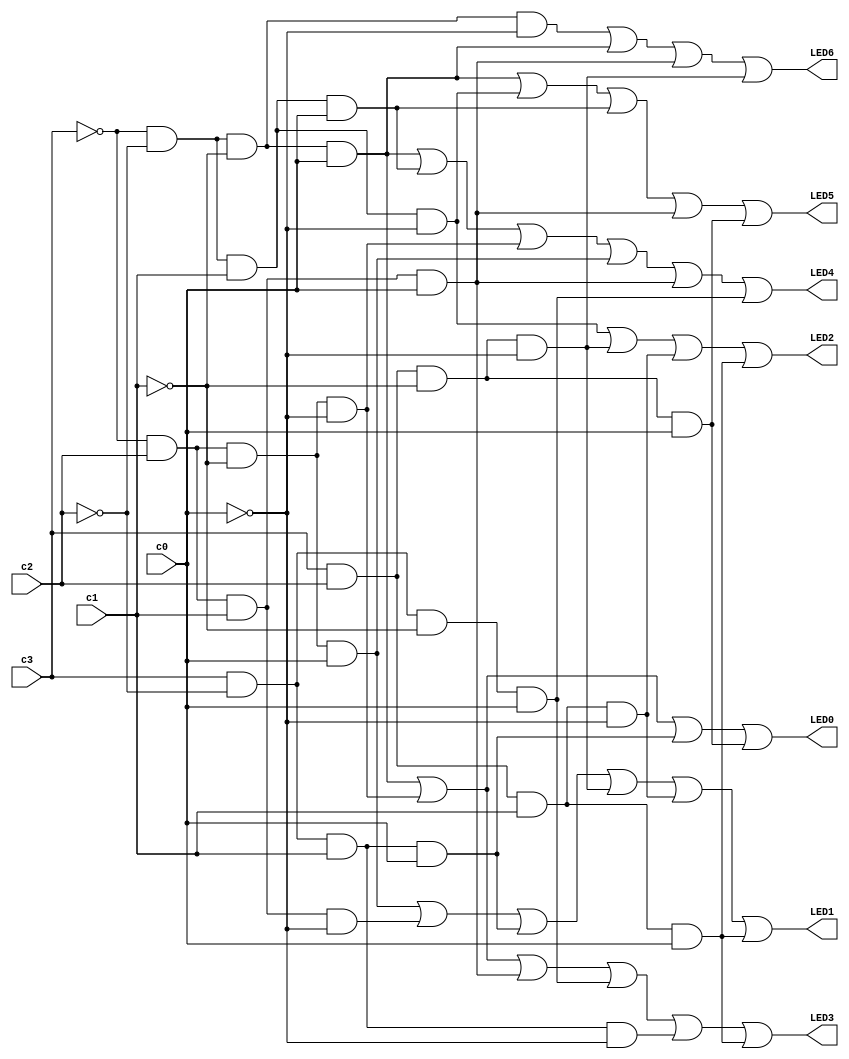
module seg7(input c0, c1, c2, c3, output LED0, LED1, LED2, LED3, LED4, LED5, LED6);

//Essentially a giant if statement for each LED segment and when they're supposed to turn off
assign LED0 = (~c3 & ~c2 & ~c1 & c0) | (~c3 & c2 & ~c1 & ~c0) | (c3 & ~c2 & c1 & c0) | (c3 & c2 & ~c1 & c0);

assign LED1 = (~c3 & c2 & ~c1 & c0) | (~c3 & c2 & c1 & ~c0) | (c3 & ~c2 & c1 & c0) | (c3 & c2 & ~c1 & ~c0) | (c3 & c2 & c1 & ~c0) | (c3 & c2 & c1 & c0);

assign LED2 = (~c3 & ~c2 & c1 & ~c0) | (c3 & c2 & ~c1 & ~c0) | (c3 & c2 & c1 & ~c0) | (c3 & c2 & c1 & c0);

assign LED3 = (~c3 & ~c2 & ~c1 & c0) | (~c3 & c2 & ~c1 & ~c0) | (~c3 & c2 & c1 & c0) | (c3 & ~c2 & ~c1 & c0) | (c3 & ~c2 & c1 & ~c0) | (c3 & c2 & c1 & c0) ;

assign LED4 = (~c3 & ~c2 & ~c1 & c0) | (~c3 & ~c2 & c1 & c0) | (~c3 & c2 & ~c1 & ~c0) | (~c3 & c2 & ~c1 & c0) | (~c3 & c2 & c1 & c0) | (c3 & ~c2 & ~c1 & c0);

assign LED5 = (~c3 & ~c2 & ~c1 & c0) | (~c3 & ~c2 & c1 & ~c0) | (~c3 & ~c2 & c1 & c0)  | (~c3 & c2 & c1 & c0) | (c3 & c2 & ~c1 & c0);

assign LED6 = (~c3 & ~c2 & ~c1 & ~c0) | ( ~c3 & ~c2 & ~c1 & c0) | (~c3 & c2 & c1 & c0) | (c3 & c2 & ~c1 & ~c0);
 

endmodule

module hexDisplay(CounterBits, HEX0, HEX1);
	input [7:0] CounterBits;
	output [6:0] HEX0, HEX1;
	
	seg7 u0(CounterBits[0],CounterBits[1], CounterBits[2], CounterBits[3], HEX0[0], HEX0[1], HEX0[2], HEX0[3], HEX0[4], HEX0[5], HEX0[6]);
	seg7 u1(CounterBits[4],CounterBits[5], CounterBits[6], CounterBits[7], HEX1[0], HEX1[1], HEX1[2], HEX1[3], HEX1[4], HEX1[5], HEX1[6]);

endmodule